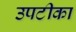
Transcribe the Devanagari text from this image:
उपटीका